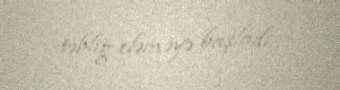
təbliğ eləməyə başladı.